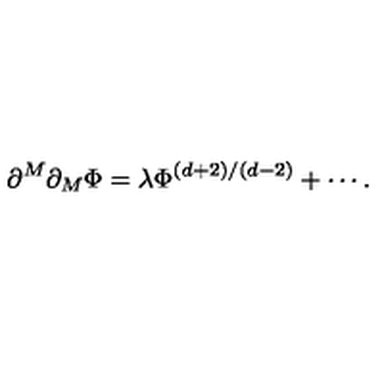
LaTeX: \partial ^ { M } \partial _ { M } \Phi = \lambda \Phi ^ { \left( d + 2 \right) / \left( d - 2 \right) } + \cdots .